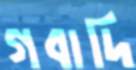
গবাদি